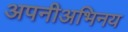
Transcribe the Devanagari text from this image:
अपनीअभिनय